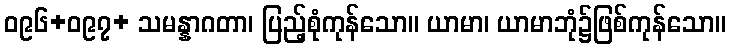
ဝ၉၆+ဝ၉၇+ သမန္နာဂတာ၊ ပြည့်စုံကုန်သော။ ယာမာ၊ ယာမာဘုံ၌ဖြစ်ကုန်သော။